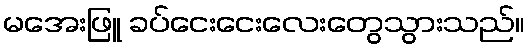
မအေးဖြူ ခပ်ငေးငေးလေးတွေသွားသည်။